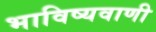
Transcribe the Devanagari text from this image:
भाविष्यवाणी